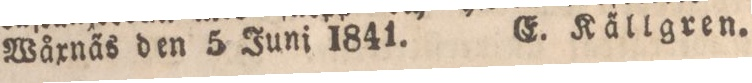
Wåxna̋s den 5 Juni 1841. E. Ka̋llgren.